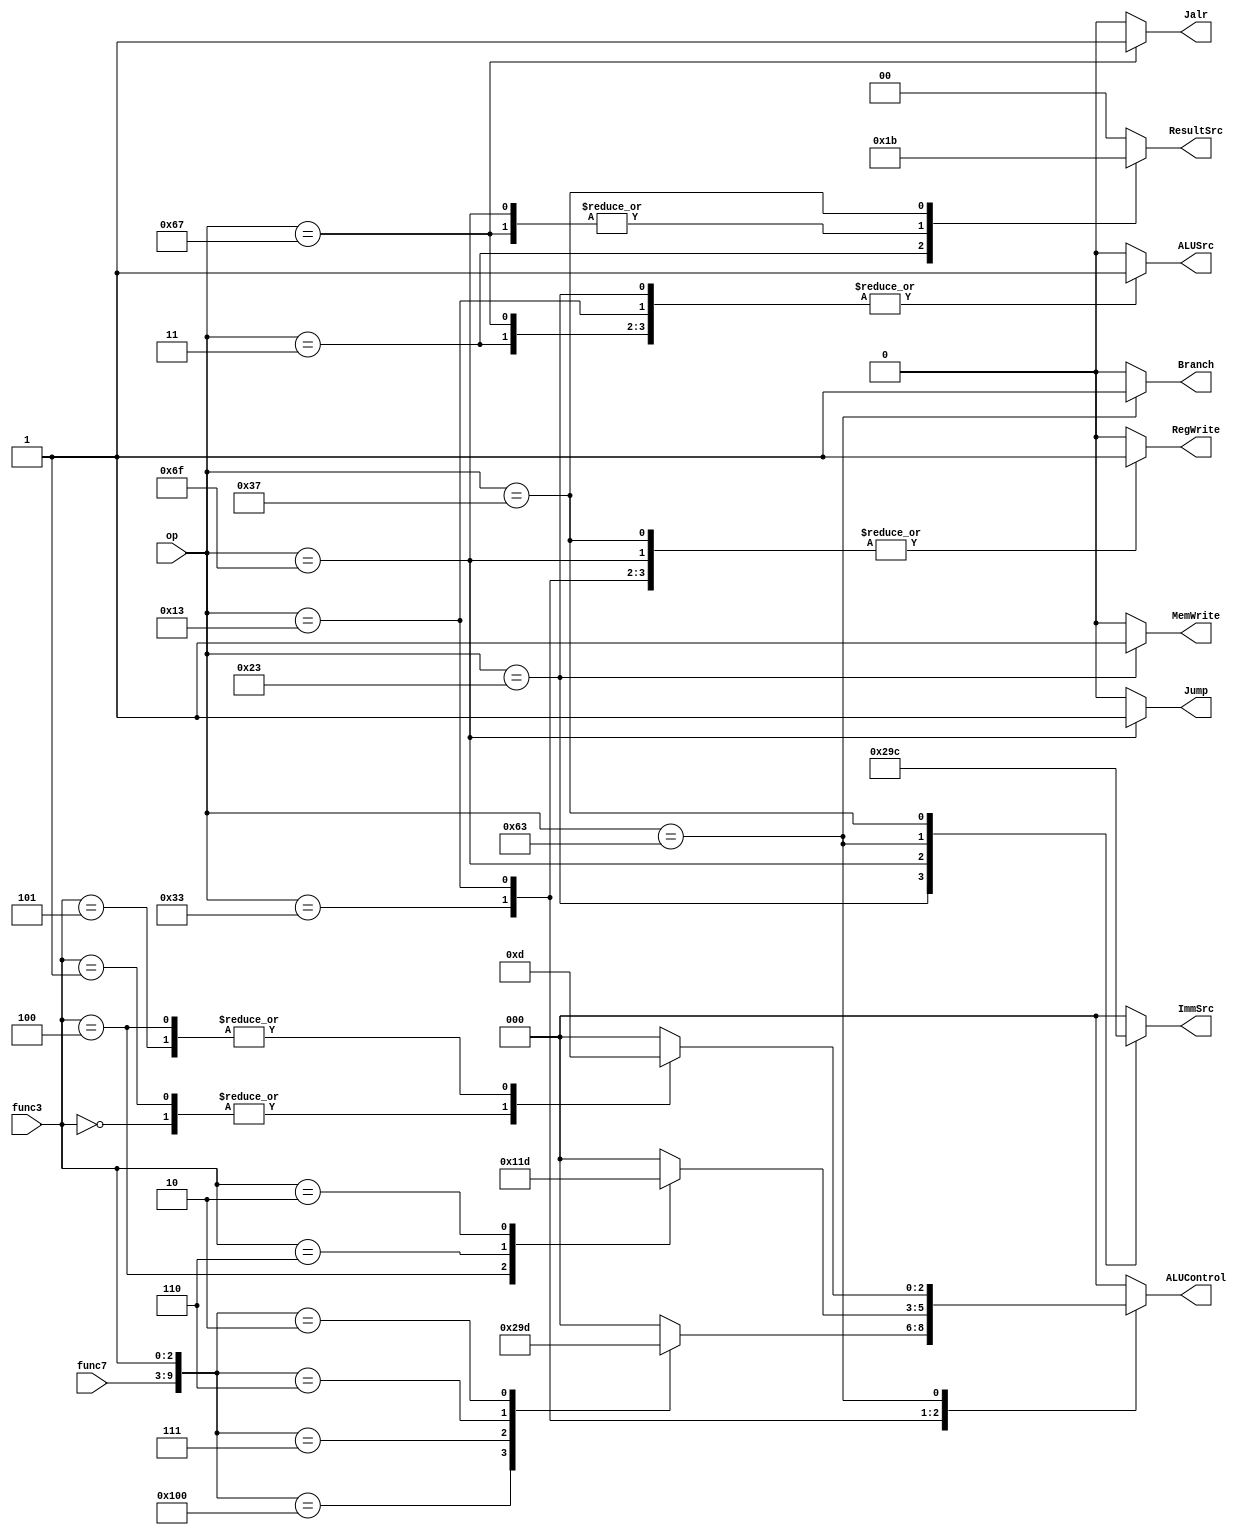
`define 	R_Type	7'b0110011
`define 	I_Type	7'b0010011
`define		Lw	7'b0000011
`define 	Jalr	7'b1100111
`define		S_Type	7'b0100011
`define		J_Type	7'b1101111
`define 	B_Type	7'b1100011
`define		U_Type	7'b0110111


`define		Add	10'b0000_0000_00
`define 	Sub	10'b0100_0000_00
`define		And	10'b0000_0001_11
`define 	Or	10'b0000_0001_10
`define		Slt	10'b0000_0000_10


`define		lw	3'b010
`define 	addi	3'b000
`define		xori	3'b100
`define 	ori	3'b110
`define		slti	3'b010
`define		jalr	3'b000


`define		beq	3'b000
`define 	bne	3'b001
`define		blt	3'b100
`define 	bge	3'b101



module Controller(input[2:0] func3,input[6:0] func7,op,output reg MemWrite,ALUSrc,RegWrite,Jump,Branch,Jalr,output reg [1:0] ResultSrc,output reg [2:0] ALUControl,ImmSrc);
	wire[9:0] func;
	assign func={func7,func3};
	always@(func3,func7,op) begin
		{MemWrite,ALUSrc,RegWrite,Jump,Branch,Jalr,ResultSrc,ALUControl,ImmSrc}=14'b0000_0000_0000_00;
		case(op)
			`R_Type:begin
				RegWrite=1'b1;
				case(func)
					`Add:;
					`Sub:ALUControl=3'b001;
					`And:ALUControl=3'b010;
					`Or :ALUControl=3'b011;
					`Slt:ALUControl=3'b101;
				endcase
				end
			`Lw:	{RegWrite,ResultSrc,ALUSrc}=4'b1011;
			`I_Type:begin
				{ALUSrc,RegWrite}=2'b11;
				case(func3)					
					`addi:;
					`xori:ALUControl=3'b100;
					`ori :ALUControl=3'b011;
					`slti:ALUControl=3'b101;
				endcase
				end
			`Jalr:	{Jalr,ALUSrc,ResultSrc,RegWrite}=5'b11101;
			`S_Type:	{ImmSrc,ALUSrc,MemWrite}=5'b00111;
			`J_Type:	{ResultSrc,ImmSrc,RegWrite,Jump}=7'b1001011;
			`B_Type:begin 
				{Branch,ImmSrc}=4'b1011;
				case(func3)
					`beq:	ALUControl=3'b001;
					`bne:	ALUControl=3'b001;
					`blt:	ALUControl=3'b101;
					`bge:	ALUControl=3'b101;
				endcase
				end
			`U_Type:	{ResultSrc,ImmSrc,RegWrite}=6'b111001;
		endcase
	end
endmodule